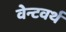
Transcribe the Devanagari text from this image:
वेन्टवर्थ